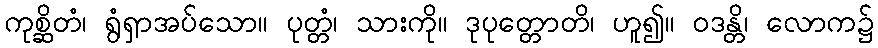
ကုစ္ဆိတံ၊ ရွံရှာအပ်သော။ ပုတ္တံ၊ သားကို။ ဒုပုတ္တောတိ၊ ဟူ၍။ ဝဒန္တိ၊ လောက၌